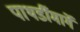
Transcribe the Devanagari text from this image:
पाथर्डीमार्गे